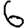
Digit: 6